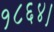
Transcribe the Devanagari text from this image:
१८६४।